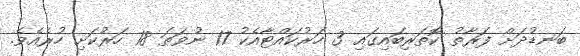
ބަނޑުދަށް ފަރާތު ކޮތަރިބައިގައި 3 ހަރުކައްޓާއެކު 17 ނުވަތަ 18 ހަރުކަށި ހުރެއެވެ.